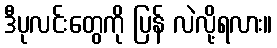
ဒီပုလင်းတွေကို ပြန် လဲလို့ရလား။